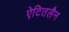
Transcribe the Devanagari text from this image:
ऐटितलैन